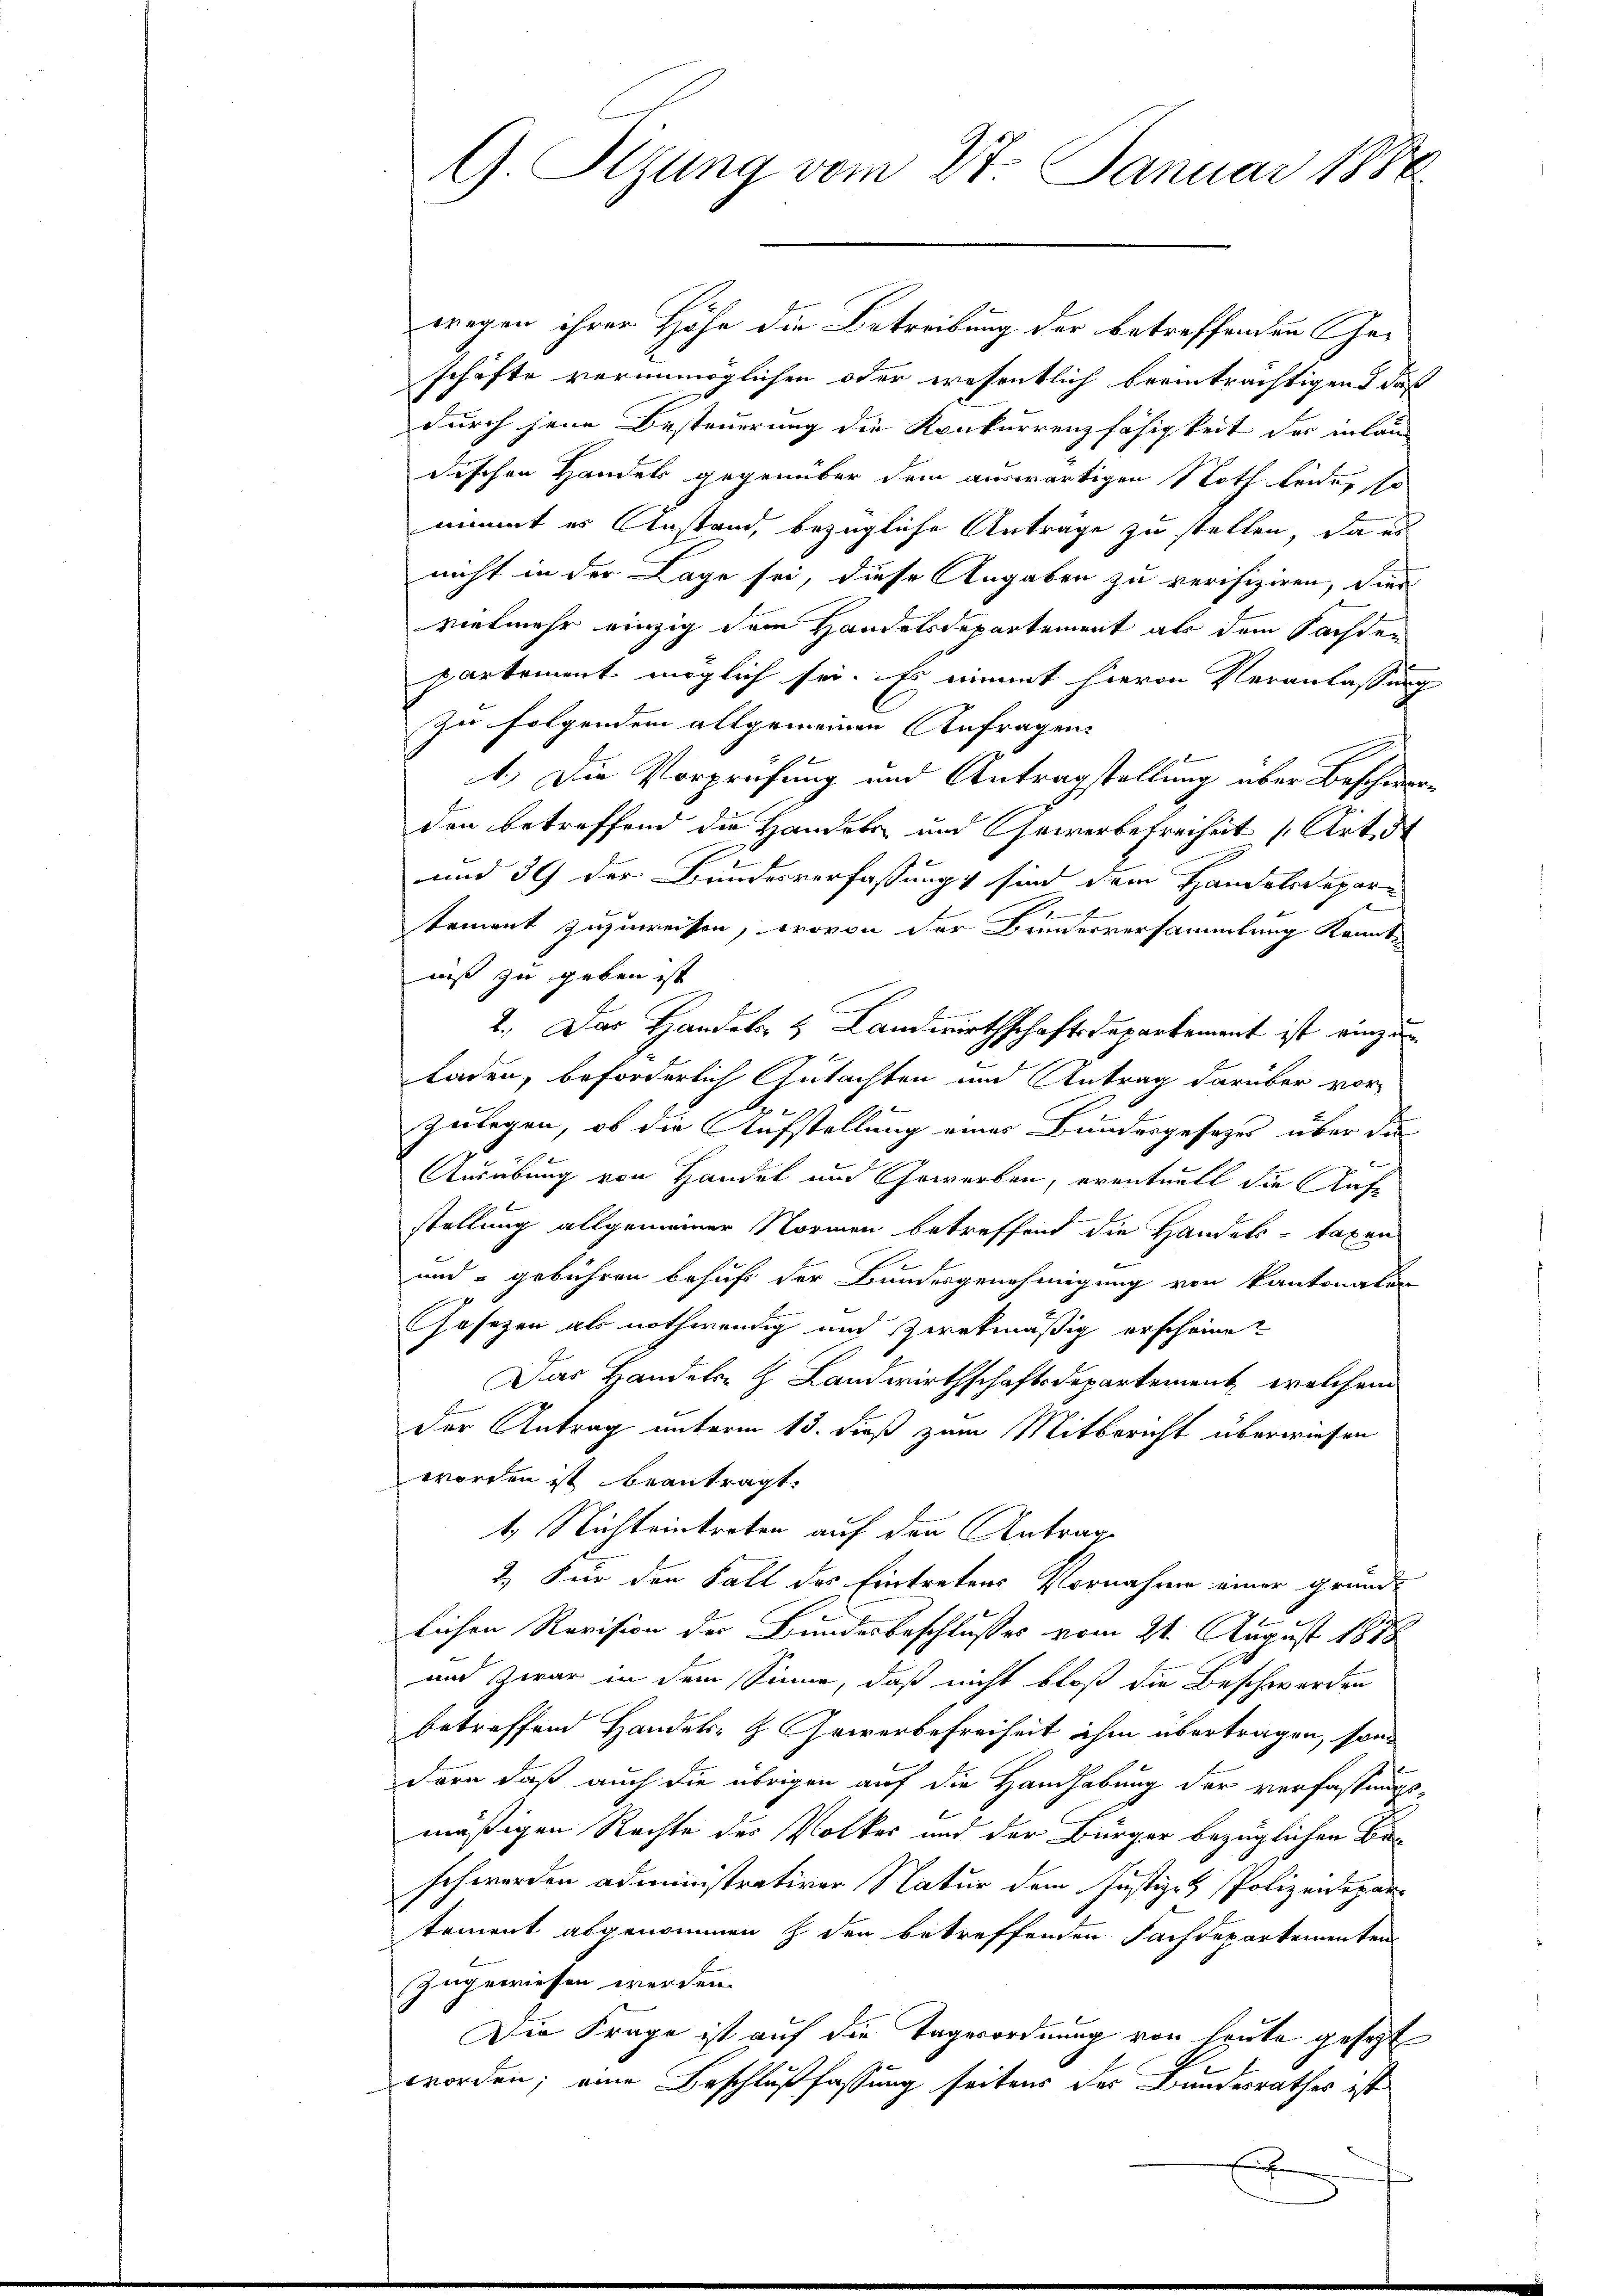
G Sizung vom 27. Januar 1888

wegen ihrer Höhe die Betreibung der betreffenden Geschäfte verunmöglichen oder wesentlich beeinträchtigend daß
durch jene Besteuerung die Konkurrenzfähigkeit der inläu-
dischen Handels gegenüber dem auswärtigen Noth leide, so
nimmt es Anstand, bezügliche Anträge zu stellen, da es
nicht in der Lage sei, diese Angaben zu verifiziren, dies
vielmehr einzig dem Handelsdepartement als dem Sachten
partement möglich sei. Es nimmt hievon Veranlassung
zu folgendem allgemeinen Anfragen
1.) Die Vorprüfung und Antragstellung über Beschwerden betreffend die Handels und Gewerbefreiheit Art, d
und 39 der Bundesverfassung sind dem Handelsdeparf
tement zuzuweisen, wovon der Bauerversammlung konnte
niß zu geben ist
2.) Das Handels- & Landwirthschaftsdepartement ist einzen
laden, beforderlich Gutachten und Antrag darüber vor-
b
e
zulegen, ob die Aufstellung eines Bundesgesezes über die
Ausübung von Handel und Gewerben, eventuell die Aufe
stellung allgemeiner Normen betreffend die Handels- taxen
und gebühren behuf der Bundesgenehmigung von kantonaten
Gesezen als nothwendig und zwekmäßig erscheine
Das Handeln H. Landwirthschaftsdepartement, welchem
Der Antrag unterm 15. dieß zum Mitbericht überwiesen
worden ist beantragt.
4. Nichteintreten auf den Antrage
2.) Für den Fall des Eintretens Vornahme einer gründe
lichen Revision der Bundesbeschlusses vom 21. August 1878
und zwar in dem Sinne, daß nicht bloß die Beschwerden
betreffend Handels- & Gewerbefreiheit ihm übertragen, sond
dern daß auch die übrigen auf die Handhabung der verfassungs-
mäßigen Rechte der Volkes und der Bürger bezüglichen Be-
schwerden administrativer Natur dem Justiz- & Polizeidepartement abgenommen & den betreffenden Fachdepartementen
zugewiesen werden.
Die Frage ist auf die Tagerordnung von heute gesezt
worden; eine Beschlußfassung seitens der Bundesrathes ist